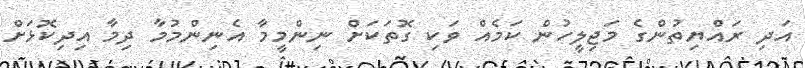
އަދި ރައްޔިތުންގެ މަޖިލީހުން ކަމެއް ވަކި ގޮތަކަށް ނިންމީމާ އެނިންމުމާ ދިމާ އިދިކޮޅަށް